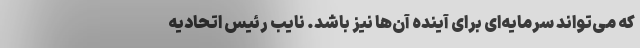
که می‌تواند سرمایه‌ای برای آینده آن‌ها نیز باشد. نایب رئیس اتحادیه